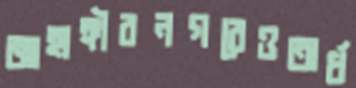
জাহাঙ্গীরনগরেওঅর্ধ